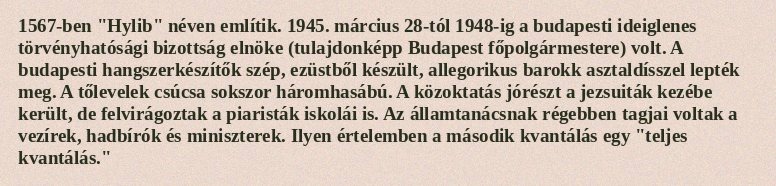
1567-ben "Hylib" néven említik. 1945. március 28-tól 1948-ig a budapesti ideiglenes törvényhatósági bizottság elnöke (tulajdonképp Budapest főpolgármestere) volt. A budapesti hangszerkészítők szép, ezüstből készült, allegorikus barokk asztaldísszel lepték meg. A tőlevelek csúcsa sokszor háromhasábú. A közoktatás jórészt a jezsuiták kezébe került, de felvirágoztak a piaristák iskolái is. Az államtanácsnak régebben tagjai voltak a vezírek, hadbírók és miniszterek. Ilyen értelemben a második kvantálás egy "teljes kvantálás."